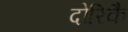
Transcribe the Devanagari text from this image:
दोरिकै